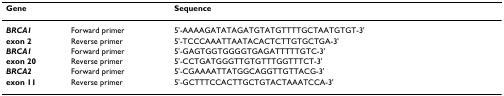
| Gene |  | Sequence |
 | --- | --- | --- |
 | BRCA1 | Forward primer | 5'-AAAAGATATAGATGTATGTTTTGCTAATGTGT-3' |
 | exon 2 | Reverse primer | 5'-TCCCAAATTAATACACTCTTGTGCTGA-3' |
 | BRCA1 | Forward primer | 5'-GAGTGGTGGGGTGAGATTTTTGTC-3' |
 | exon 20 | Reverse primer | 5'-CCTGATGGGTTGTGTTTGGTTTCT-3' |
 | BRCA2 | Forward primer | 5'-CGAAAATTATGGCAGGTTGTTACG-3' |
 | exon 11 | Reverse primer | 5'-GCTTTCCACTTGCTGTACTAAATCCA-3' |